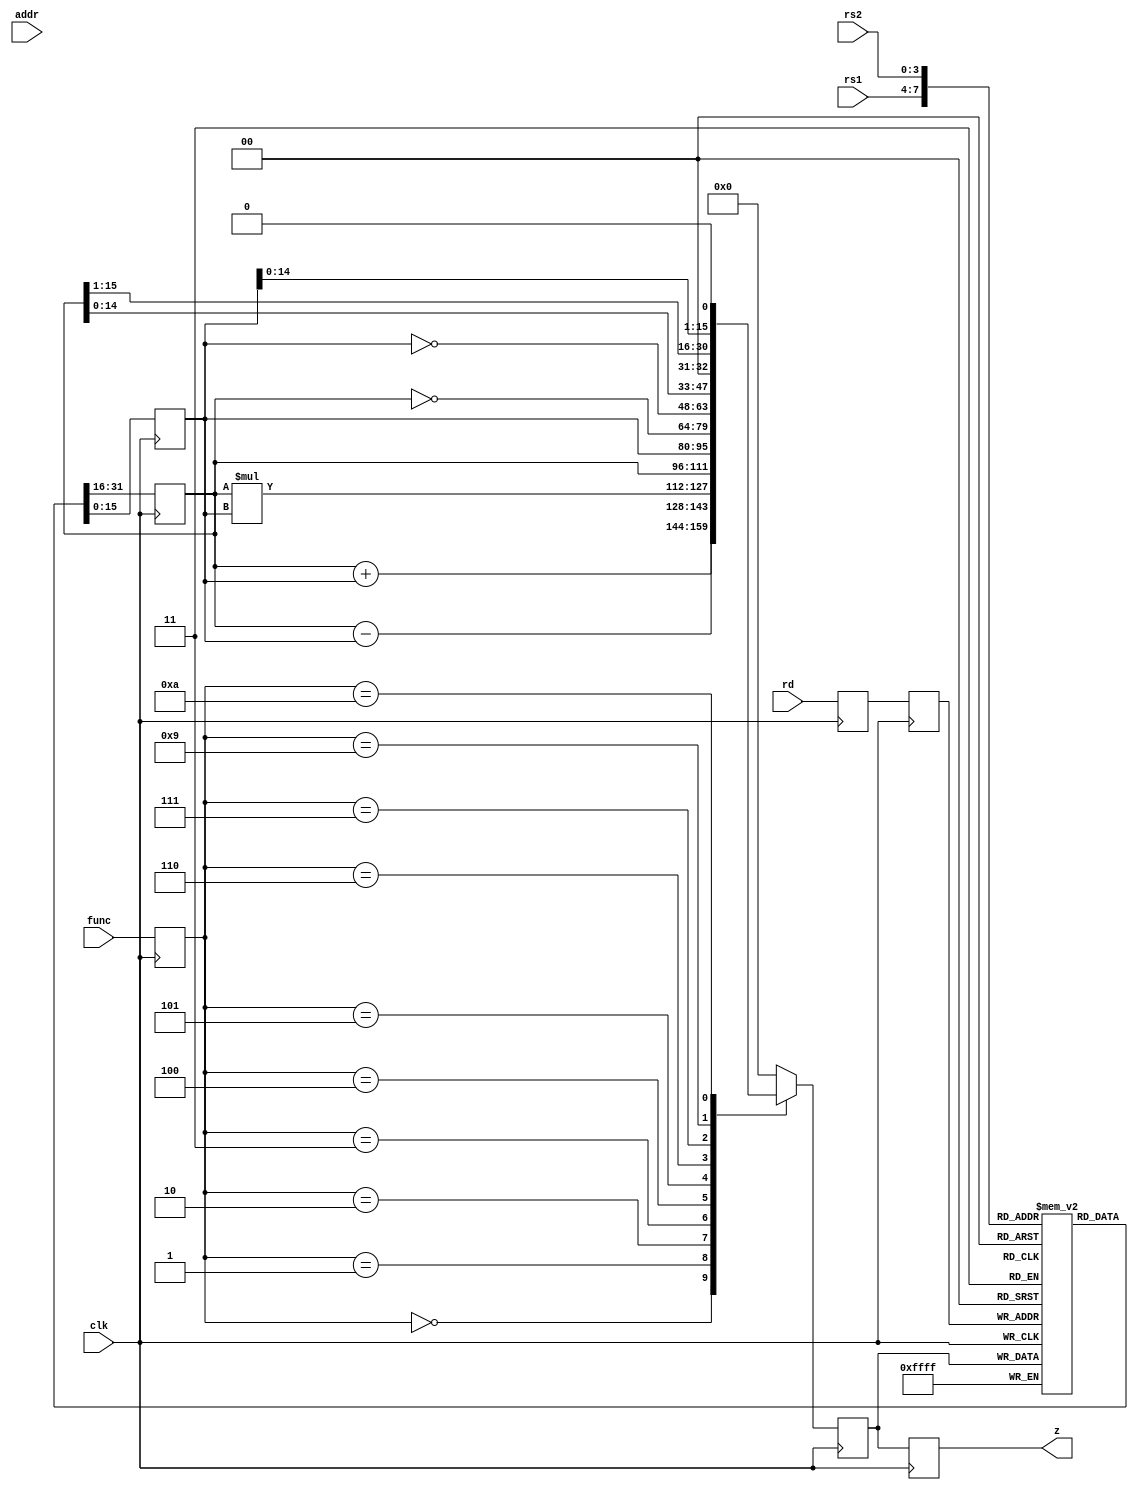
`timescale 1ns / 1ps
//////////////////////////////////////////////////////////////////////////////////
// Company: 
// Engineer: 
// 
// Design Name: 
// Module Name: pipeline_2
// Project Name: 
// Target Devices: 
// Tool Versions: 
// Description: 
// 
// Dependencies: 
// 
// Revision:
// Revision 0.01 - File Created
// Additional Comments:
// 
//////////////////////////////////////////////////////////////////////////////////


module pipeline_2(
input clk,
input [3:0]rs1,rs2,rd,func,
input [7:0]addr,
output [15:0]z
);

reg [15:0]regbank [15:0];
reg [15:0]mem [255:0];

reg [15:0]a,b;
reg [7:0]l12_addr;
reg [3:0]l12_func,l12_rd;

reg [15:0]l23_z;
reg [7:0]l23_addr;
reg [3:0]l23_rd;

reg [15:0]l34_z;
reg [7:0]l34_addr;

always@(posedge clk)
begin
  a    <= regbank[rs1];
  b    <= regbank[rs2];

l12_func  <= func;
l12_rd    <= rd;
l12_addr  <= addr;


end


always@(posedge clk)
begin
case(l12_func)
4'b0000:l23_z  <=  a+b;
4'b0001:l23_z  <=  a-b;
4'b0010:l23_z  <=  a*b;
4'b0011:l23_z  <=  a;
4'b0100:l23_z  <=  b;
4'b0101:l23_z  <=  ~a;
4'b0110:l23_z  <=  ~b;
4'b0111:l23_z  <=  a<<1;
4'b1001:l23_z  <=  a>>1;
4'b1010:l23_z  <=  b<<1;
default :l23_z <=  16'h0000;
endcase

l23_addr <= l12_addr;
l23_rd   <= l12_rd;
end

always@(posedge clk)
begin

regbank[l23_rd]  <= l23_z;

l34_z    <=  l23_z;
l34_addr <=  l23_addr;  
end

always@(posedge clk)
begin
mem[l34_addr] <=  l34_z;  
end



assign z=l34_z;

endmodule